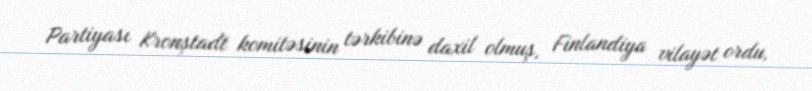
Partiyası Kronştadt komitəsinin tərkibinə daxil olmuş, Finlandiya vilayət ordu,